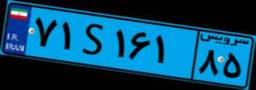
۷۱S۱۶۱۸۵